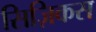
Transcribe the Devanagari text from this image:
सिज़िकस